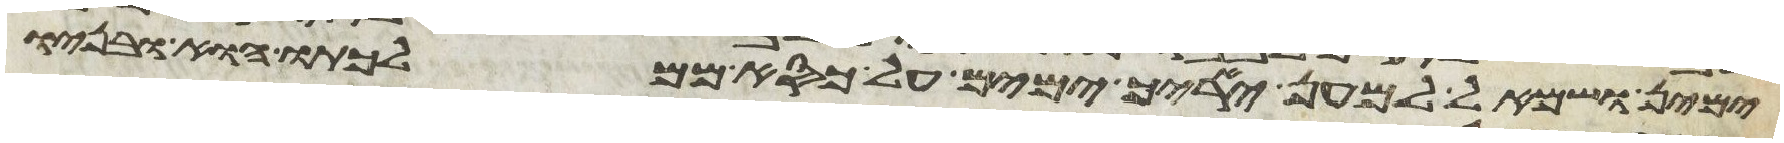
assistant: ימין ושמאל למען יאריך ימים על כסא ממלכתו הוא ובניו